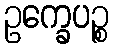
ဥက္ခေပဉ္စ